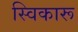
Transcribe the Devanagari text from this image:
स्विकारू